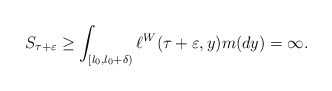
\begin{align*}S_{\tau+\varepsilon}\geq \int_{[l_0,l_0+\delta)} \ell^W(\tau+\varepsilon, y)m(dy)=\infty. \end{align*}